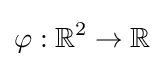
\varphi :\mathbb {R} ^{2}\to \mathbb {R}